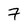
Character: 7